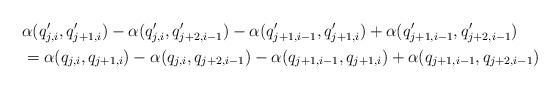
LaTeX: \begin{align*}&\alpha(q'_{j,i},q'_{j+1,i}) - \alpha(q'_{j,i},q'_{j+2,i-1})- \alpha(q'_{j+1,i-1},q'_{j+1,i}) + \alpha(q'_{j+1,i-1},q'_{j+2,i-1}) \\&=\alpha(q_{j,i},q_{j+1,i}) - \alpha(q_{j,i},q_{j+2,i-1})- \alpha(q_{j+1,i-1},q_{j+1,i}) + \alpha(q_{j+1,i-1},q_{j+2,i-1})\end{align*}